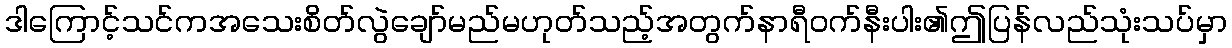
ဒါကြောင့်သင်ကအသေးစိတ်လွဲချော်မည်မဟုတ်သည့်အတွက်နာရီဝက်နီးပါး၏ဤပြန်လည်သုံးသပ်မှာ